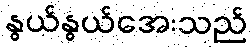
နွယ်နွယ်အေးသည်